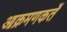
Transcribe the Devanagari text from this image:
आक्रमणकर्ते